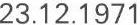
23.12.1971